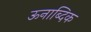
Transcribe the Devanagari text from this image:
ऊनाब्दिक